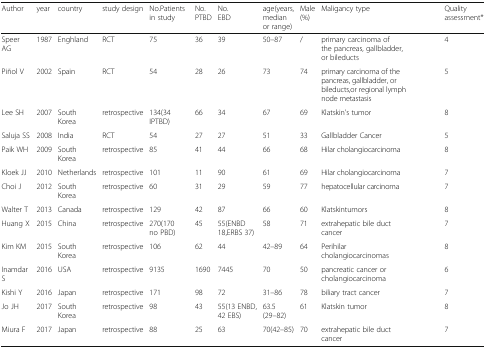
<table><thead><tr><td><b>Author</b></td><td><b>year</b></td><td><b>country</b></td><td><b>study design</b></td><td><b>No.Patients in study</b></td><td><b>No.PTBD</b></td><td><b>No.EBD</b></td><td><b>age(years, median or range)</b></td><td><b>Male(%)</b></td><td><b>Maligancy type</b></td><td><b>Quality assessment*</b></td></tr></thead><tbody><tr><td>Speer AG</td><td>1987</td><td>Enghland</td><td>RCT</td><td>75</td><td>36</td><td>39</td><td>50–87</td><td>/</td><td>primary carcinoma of the pancreas, gallbladder, or bileducts</td><td>4</td></tr><tr><td>Piñol V</td><td>2002</td><td>Spain</td><td>RCT</td><td>54</td><td>28</td><td>26</td><td>73</td><td>74</td><td>primary carcinoma of the pancreas, gallbladder, or bileducts,or regional lymph node metastasis</td><td>5</td></tr><tr><td>Lee SH</td><td>2007</td><td>South Korea</td><td>retrospective</td><td>134(34 IPTBD)</td><td>66</td><td>34</td><td>67</td><td>69</td><td>Klatskin’s tumor</td><td>8</td></tr><tr><td>Saluja SS</td><td>2008</td><td>India</td><td>RCT</td><td>54</td><td>27</td><td>27</td><td>51</td><td>33</td><td>Gallbladder Cancer</td><td>5</td></tr><tr><td>Paik WH</td><td>2009</td><td>South Korea</td><td>retrospective</td><td>85</td><td>41</td><td>44</td><td>66</td><td>68</td><td>Hilar cholangiocarcinoma</td><td>8</td></tr><tr><td>Kloek JJ</td><td>2010</td><td>Netherlands</td><td>retrospective</td><td>101</td><td>11</td><td>90</td><td>61</td><td>69</td><td>Hilar cholangiocarcinoma</td><td>7</td></tr><tr><td>Choi J</td><td>2012</td><td>South Korea</td><td>retrospective</td><td>60</td><td>31</td><td>29</td><td>59</td><td>77</td><td>hepatocellular carcinoma</td><td>7</td></tr><tr><td>Walter T</td><td>2013</td><td>Canada</td><td>retrospective</td><td>129</td><td>42</td><td>87</td><td>66</td><td>60</td><td>Klatskintumors</td><td>8</td></tr><tr><td>Huang X</td><td>2015</td><td>China</td><td>retrospective</td><td>270(170 no PBD)</td><td>45</td><td>55(ENBD 18,ERBS 37)</td><td>58</td><td>71</td><td>extrahepatic bile duct cancer</td><td>7</td></tr><tr><td>Kim KM</td><td>2015</td><td>South Korea</td><td>retrospective</td><td>106</td><td>62</td><td>44</td><td>42–89</td><td>64</td><td>Perihilar cholangiocarcinomas</td><td>8</td></tr><tr><td>Inamdar S</td><td>2016</td><td>USA</td><td>retrospective</td><td>9135</td><td>1690</td><td>7445</td><td>70</td><td>50</td><td>pancreatic cancer or cholangiocarcinoma</td><td>6</td></tr><tr><td>Kishi Y</td><td>2016</td><td>Japan</td><td>retrospective</td><td>171</td><td>98</td><td>72</td><td>31–86</td><td>78</td><td>biliary tract cancer</td><td>7</td></tr><tr><td>Jo JH</td><td>2017</td><td>South Korea</td><td>retrospective</td><td>98</td><td>43</td><td>55(13 ENBD, 42 EBS)</td><td>63.5(29–82)</td><td>61</td><td>Klatskin tumor</td><td>8</td></tr><tr><td>Miura F</td><td>2017</td><td>Japan</td><td>retrospective</td><td>88</td><td>25</td><td>63</td><td>70(42–85)</td><td>70</td><td>extrahepatic bile duct cancer</td><td>7</td></tr></tbody></table>